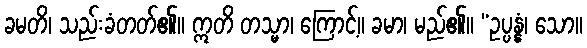
ခမတိ၊ သည်းခံတတ်၏။ ဣတိ တသ္မာ၊ ကြောင့်။ ခမာ၊ မည်၏။ “ဥပ္ပန္နံ၊ သော။